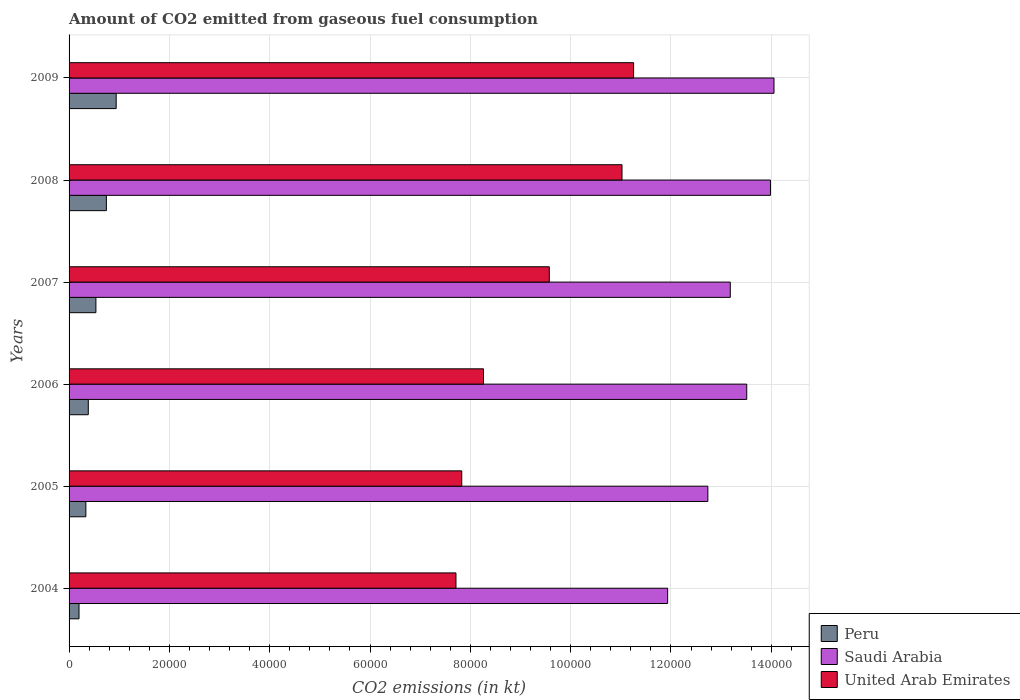
| Years | Peru | Saudi Arabia | United Arab Emirates |
 | --- | --- | --- | --- |
 | 2004 | 1.98e+03 | 1.19e+05 | 7.71e+04 |
 | 2005 | 3.35e+03 | 1.27e+05 | 7.83e+04 |
 | 2006 | 3.83e+03 | 1.35e+05 | 8.26e+04 |
 | 2007 | 5.35e+03 | 1.32e+05 | 9.57e+04 |
 | 2008 | 7.44e+03 | 1.4e+05 | 1.1e+05 |
 | 2009 | 9.39e+03 | 1.41e+05 | 1.13e+05 |